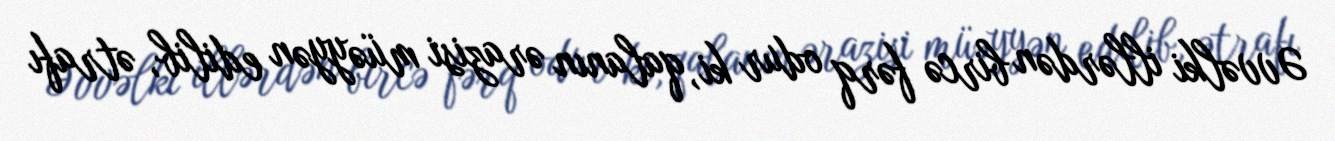
Əvvəlki illərdən bircə fərq odur ki, qalanın ərazisi müəyyən edilib, ətrafı